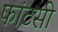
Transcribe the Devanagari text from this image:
फांटसी